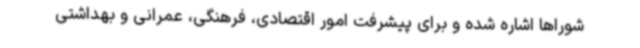
شوراها اشاره شده و برای پیشرفت امور اقتصادی، فرهنگی، عمرانی و بهداشتی